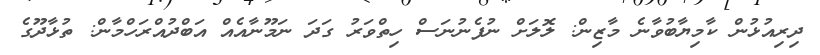
ދިރިއުޅުން ކާމިޔާބުވާނެ މާޒިން: ލޮލަށް ނުފެނުނަސް ހިތްވަރު ގަދަ ނަމޫނާއެއް އަބްދުއްރަހްމާން: ތުޅާދޫގެ